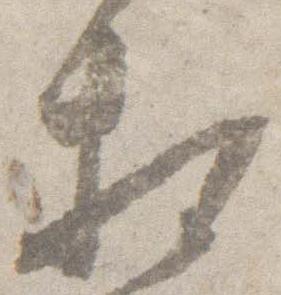
相